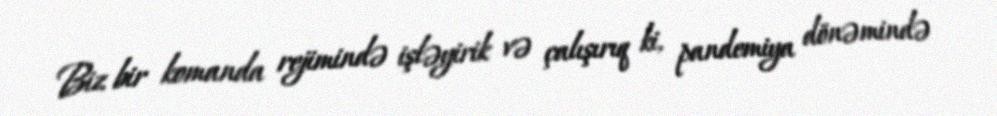
Biz bir komanda rejimində işləyirik və çalışırıq ki, pandemiya dönəmində